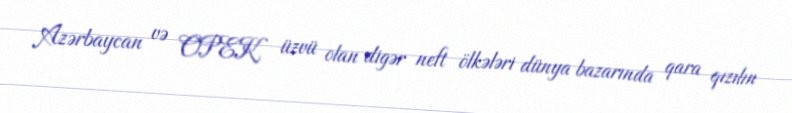
Azərbaycan və OPEK üzvü olan digər neft ölkələri dünya bazarında qara qızılın